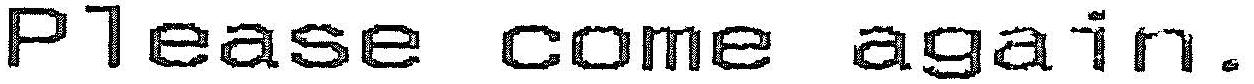
PLEASE COME AGAIN.